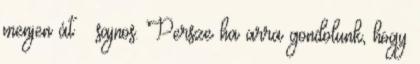
menjen át – sajnos. Persze ha arra gondolunk, hogy